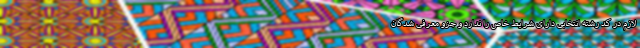
لازم در کد رشته انتخابی دارای شرایط خاص را ندارد و جزو معرفی شدگان